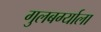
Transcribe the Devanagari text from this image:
गुलबर्ग्याला